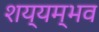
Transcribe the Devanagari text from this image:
शय्यम्भव